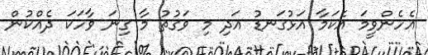
އެހެންވީމަ އެކަމާ އަޅުގަނޑު އަދި މި ވަގުތު މާ ގިނަ ވާހަކަ ދެއްކުން